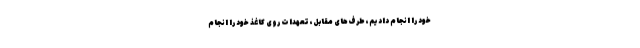
خود را انجام دادیم، طرف‌های مقابل، تعهداتِ روی کاغذِ خود را انجام